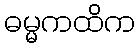
ဓမ္မကထိက